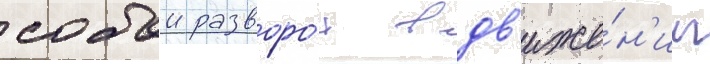
собои разворо́т в дв'иже́н'ии